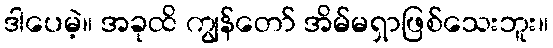
ဒါပေမဲ့။ အခုထိ ကျွန်တော် အိမ်မရှာဖြစ်သေးဘူး။